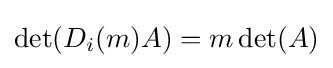
\det(D_{i}(m)A)=m\det(A)